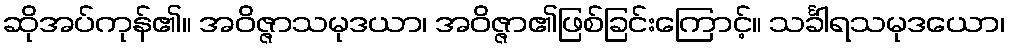
ဆိုအပ်ကုန်၏။ အဝိဇ္ဇာသမုဒယာ၊ အဝိဇ္ဇာ၏ဖြစ်ခြင်းကြောင့်။ သင်္ခါရသမုဒယော၊